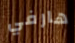
هارفي